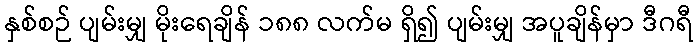
နှစ်စဉ် ပျမ်းမျှ မိုးရေချိန် ၁၈၈ လက်မ ရှိ၍ ပျမ်းမျှ အပူချိန်မှာ ဒီဂရီ